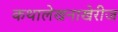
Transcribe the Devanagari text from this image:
कथालेखनाखेरीज